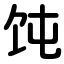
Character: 饨